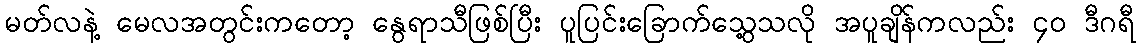
မတ်လနဲ့ မေလအတွင်းကတော့ နွေရာသီဖြစ်ပြီး ပူပြင်းခြောက်သွေ့သလို အပူချိန်ကလည်း ၄၀ ဒီဂရီ